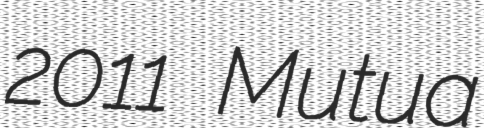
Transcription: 2011 Mutua